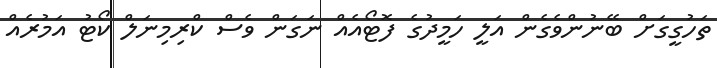
ތަހުގީގަށް ބޭނުންވެގެން އަލީ ހަމީދުގެ ފޮޓޯއެއް ނަގަން ވެސް ކްރިމިނަލް ކޯޓު އަމުރެއް